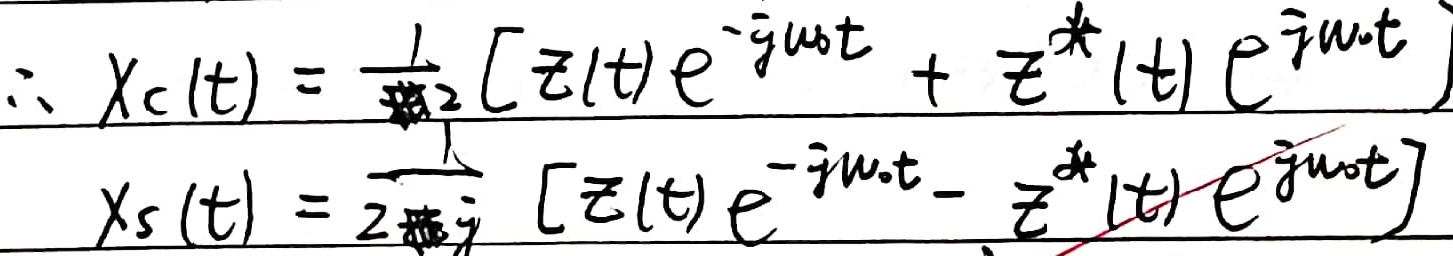
\[
\begin{align*}
\therefore x_c(t)&=\frac{1}{2}[z(t)e^{-j\omega_0t}+z^{*}(t)e^{j\omega_0t}]\\
x_s(t)&=\frac{1}{2j}[z(t)e^{-j\omega_0t}-z^{*}(t)e^{j\omega_0t}]
\end{align*}
\]